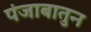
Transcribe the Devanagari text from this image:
पंजाबातुन